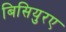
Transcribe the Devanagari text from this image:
बिसियुरए